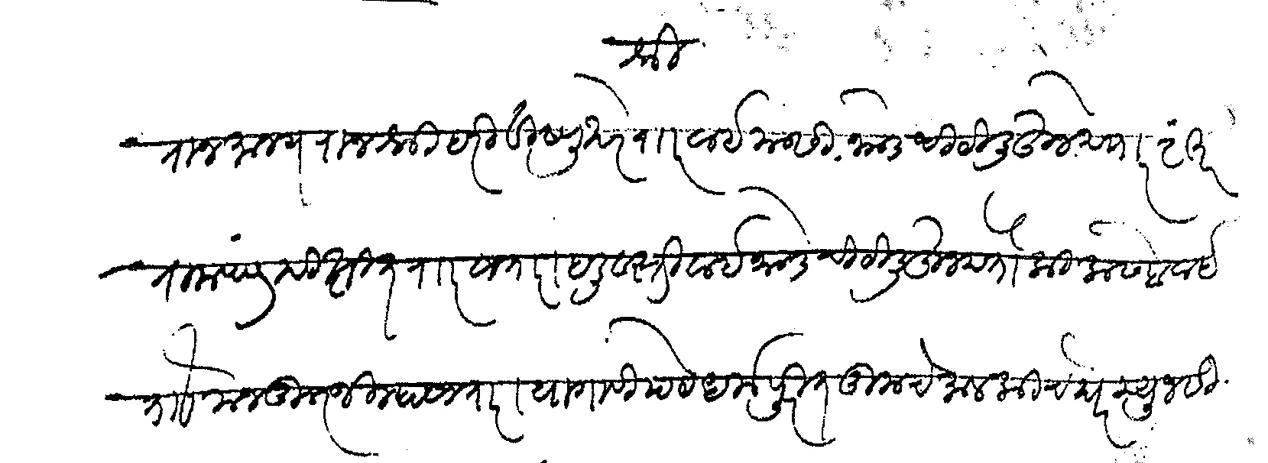
Transliteration (Devanagari): श्री राजमान्य राजश्री हरी विष्णु खरे रार वाई यासी भाडेचिटी लिहून देणार शंकर रामचंद्र दीक्षित रार सातारा हली वस्ती वाई भाडेचिटी लिहून देतो कि कसबे वाई ताो मजकूर जिल्हा सातारा यागावी पेठ धर्मपुरीत तुमचे मालकीचे घर म्युनसीपाल